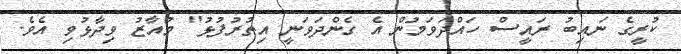
ކުރީގެ ނައިބު ރައީސް ހައްދަވަމުން އެ ގެންދަވަނީ އިތުރުފުޅު" މުއާޒު ވިދާޅުވި އެވެ.